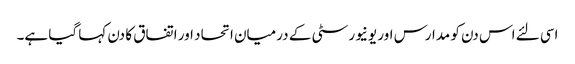
اسی لئے اس دن کو مدارس اور یونیورسٹی کے درمیان اتحاد اور اتفاق کا دن کہا گیا ہے۔